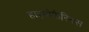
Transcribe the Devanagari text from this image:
हाइपोफैरिक्स